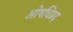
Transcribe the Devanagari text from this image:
ओषधिप्रद